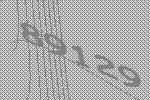
89129